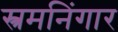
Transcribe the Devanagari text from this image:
स्त्रमनिंगार